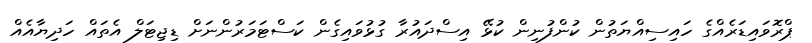
ޕްރޮވައިޑަރެއްގެ ހައިސިއްޔަތުން ކުންފުނިން ކުޅޭ އިސްދައުރާ ގުޅުވައިގެން ކަސްޓަމަރުންނަށް ޑިޖިޓަލް އެތައް ހަދިޔާއެއް